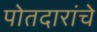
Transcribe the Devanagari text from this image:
पोतदारांचे